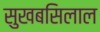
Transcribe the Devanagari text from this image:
सुखबसिलाल